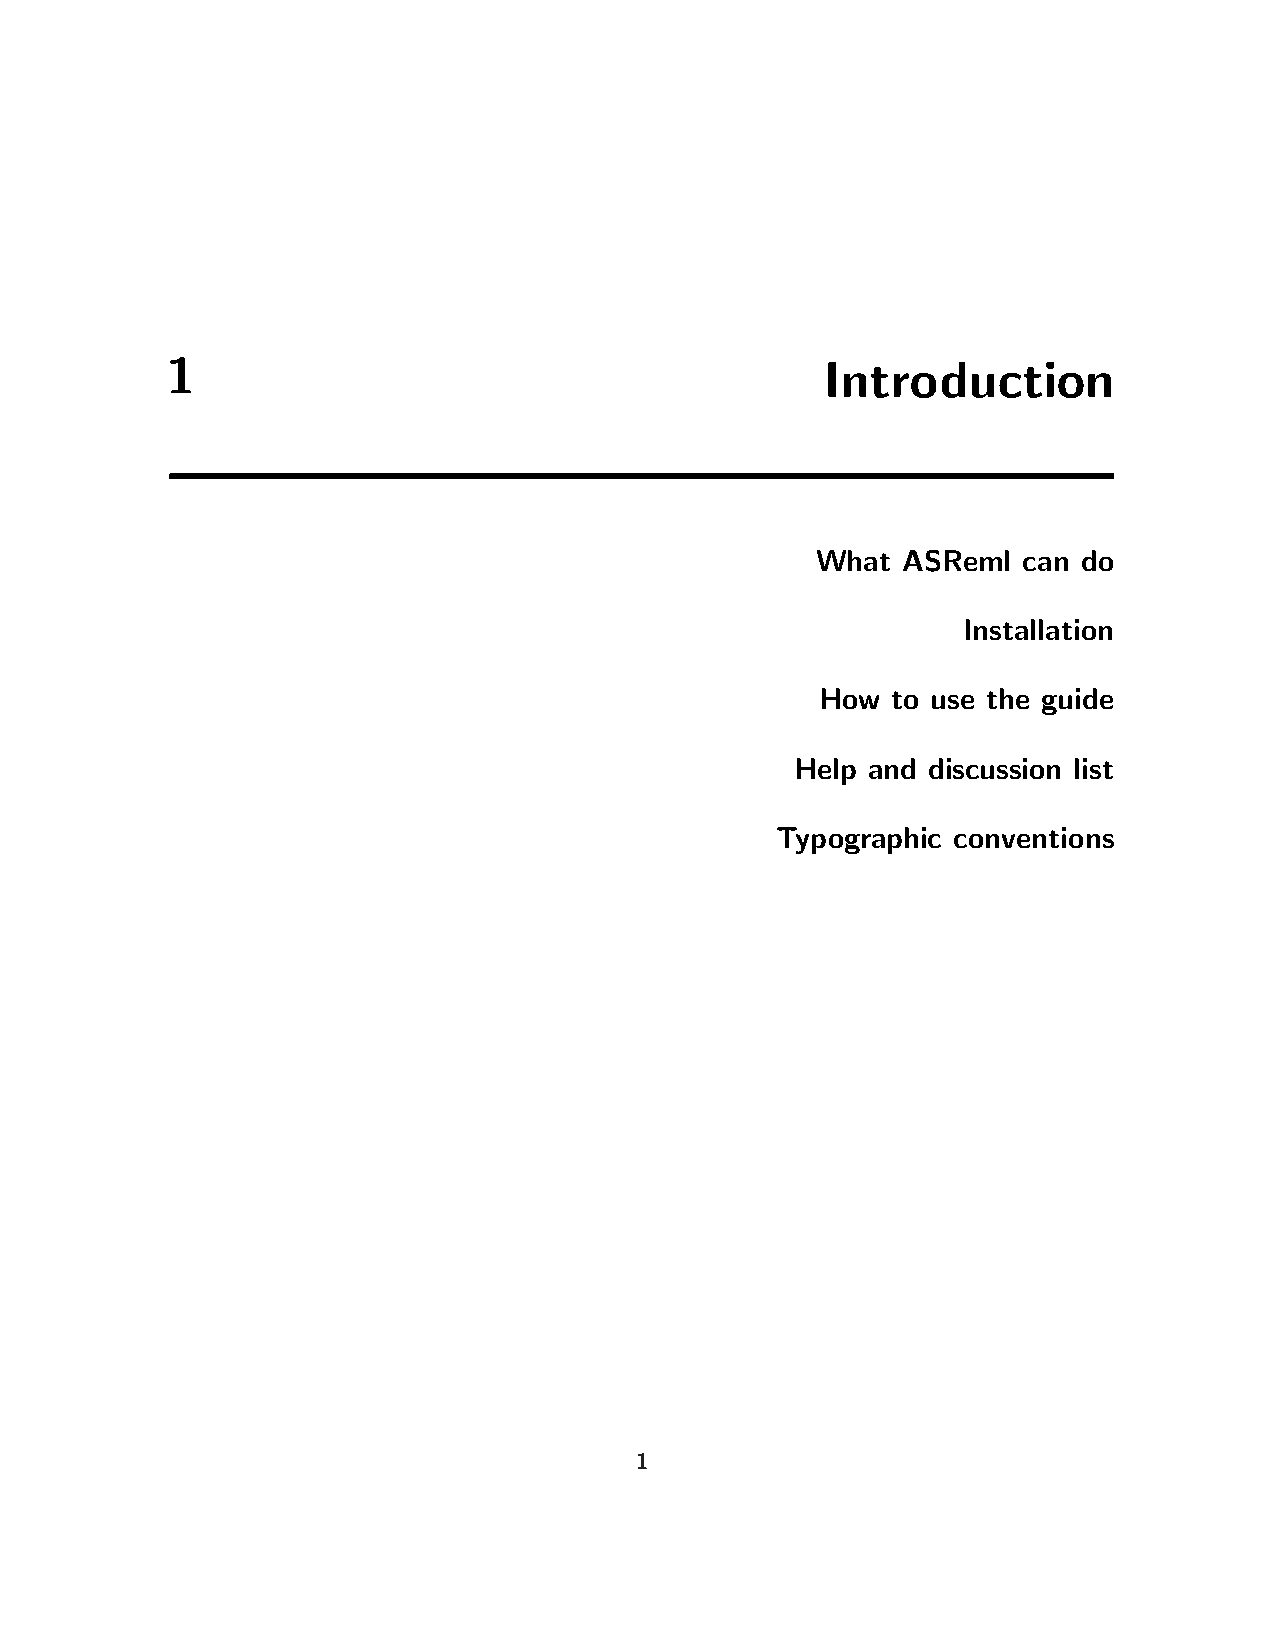
1                                           Introduction
 What  ASReml  can do
 Installation
 How  to use the guide
 Help and discussion list
 Typographic conventions
 1